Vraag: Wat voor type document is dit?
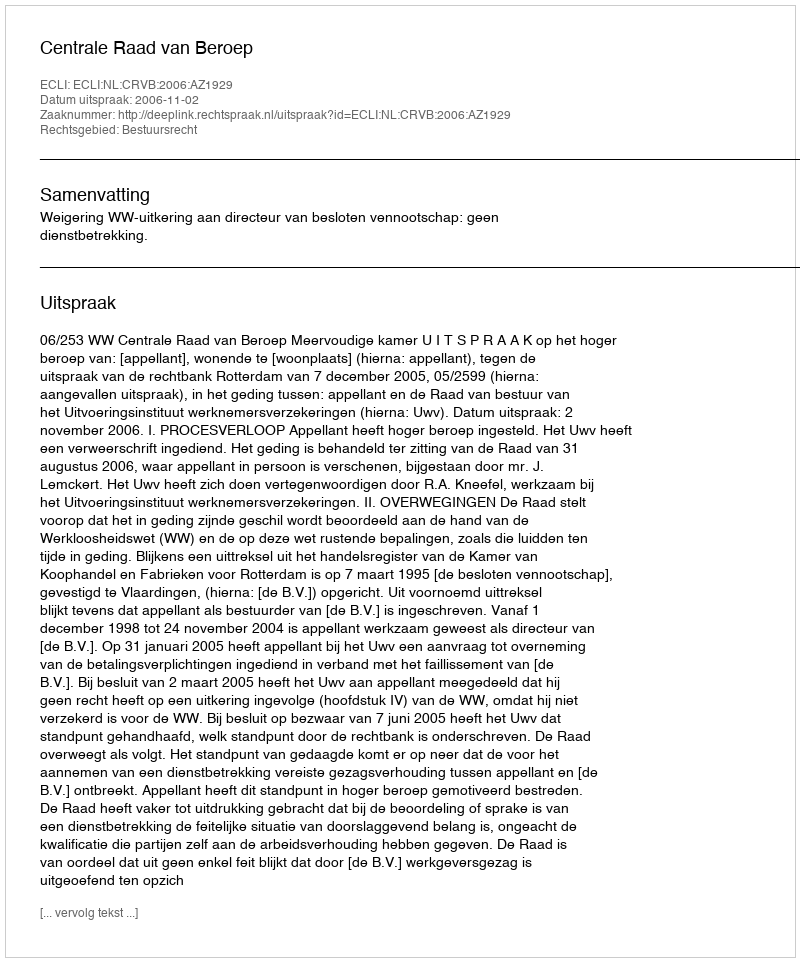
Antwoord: Uitspraak